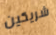
شريكين